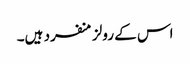
اس کے رولز منفرد ہیں۔